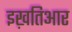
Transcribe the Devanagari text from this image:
इख़तिआर